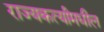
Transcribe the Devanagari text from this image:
राज्यकर्त्यांमधील